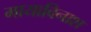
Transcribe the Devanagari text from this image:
मायाविनाश